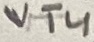
Text: VT4